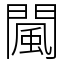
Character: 闏